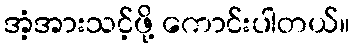
အံ့အားသင့်ဖို့ ကောင်းပါတယ်။